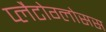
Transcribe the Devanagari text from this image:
प्लैटोग्लोसस